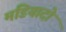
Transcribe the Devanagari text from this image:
मडियादो